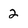
Character: 2